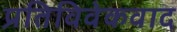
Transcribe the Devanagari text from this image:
प्रतिविवेकवाद